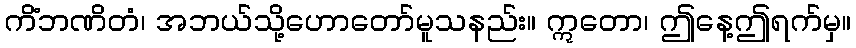
ကိံဘဏိတံ၊ အဘယ်သို့ဟောတော်မူသနည်း။ ဣတော၊ ဤနေ့ဤရက်မှ။